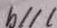
b / / l